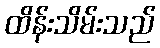
ထိန်းသိမ်းသည်